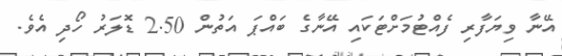
އޭނާ ވިޔަފާރި ފެއްޓުމަށްޓަކައި އޭނާގެ ބައްޕަ އަތުން 2.50 ޑޮލަރު ހޯދި އެވެ.